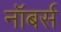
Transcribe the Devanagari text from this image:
नॉबर्स